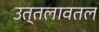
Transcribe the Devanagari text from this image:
उत्तलावतल